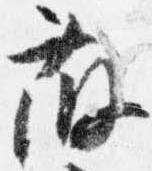
藤